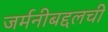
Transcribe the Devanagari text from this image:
जर्मनीबद्दलची